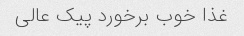
غذا خوب برخورد پیک عالی